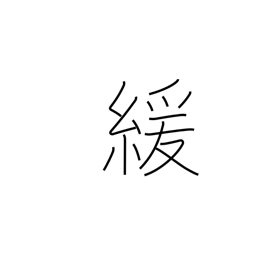
Meaning: loosen